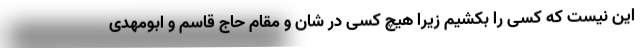
این نیست که کسی را بکشیم زیرا هیچ کسی در شان و مقام حاج قاسم و ابومهدی